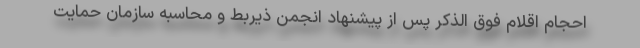
احجام اقلام فوق الذکر پس از پیشنهاد انجمن ذیربط و محاسبه سازمان حمایت